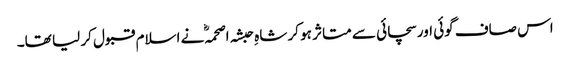
اس صاف گوئی اور سچائی سے متاثر ہو کر شاہِ حبشہ اصحمہؓ نے اسلام قبول کر لیا تھا۔